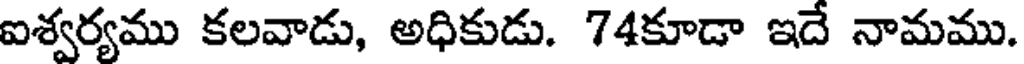
ఐశ్వర్యము కలవాడు, అధికుడు. 74కూడా ఇదే నామము.